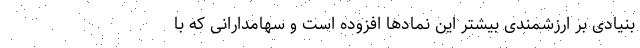
بنیادی بر ارزشمندی بیشتر این نمادها افزوده است و سهامدارانی که با